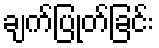
ချက်ပြုတ်ခြင်း